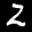
Label: 2